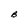
Character: B